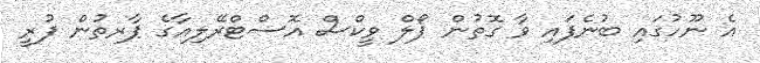
އެ ނޫހުގައި ބުނެފައި ވާ ގޮތުން ޕޯލް ވީކްސް އޮސްޓްރޭލިއާގެ ޕާރތުން ފުރީ